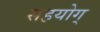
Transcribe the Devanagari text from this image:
सहयोग्